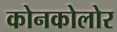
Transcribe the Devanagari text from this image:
कोनकोलोर